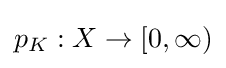
{\textstyle p_{K}:X\to [0,\infty )}